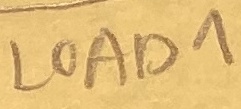
Text: LOAD1